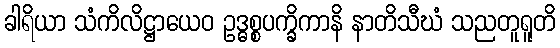
ခါရိယာ သံကိလိဋ္ဌာယေဝ ဥဒ္ဓစ္စပက္ခိကာနိ နာတိသီဃံ သညတူရူတိ